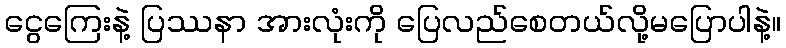
ငွေကြေးနဲ့ ပြဿနာ အားလုံးကို ပြေလည်စေတယ်လို့မပြောပါနဲ့။